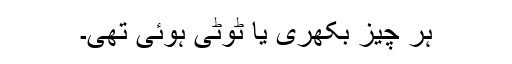
ہر چیز بکھری یا ٹوٹی ہوئی تھی۔